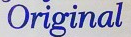
Original